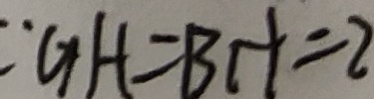
\because G H = B H = 2